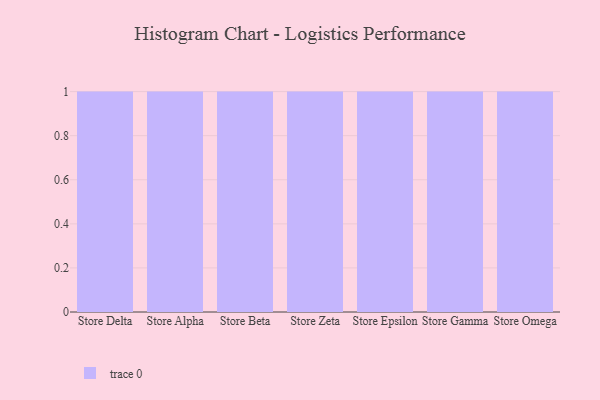
{"axis": {"x": "Store", "y": "Energy Usage (MWh)"}, "legend": [""], "data": [{"x": "Store Delta", "y": 35, "type": ""}, {"x": "Store Alpha", "y": 63, "type": ""}, {"x": "Store Beta", "y": 99, "type": ""}, {"x": "Store Zeta", "y": 76, "type": ""}, {"x": "Store Epsilon", "y": 26, "type": ""}, {"x": "Store Gamma", "y": 31, "type": ""}, {"x": "Store Omega", "y": 61, "type": ""}]}